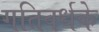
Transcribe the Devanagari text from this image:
गतिवर्धके